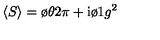
\langle S \rangle = { \o { \theta } { 2 \pi } } + \mathrm { i } { \o { 1 } { g ^ { 2 } } }